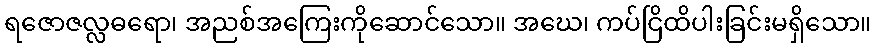
ရဇောဇလ္လဓရော၊ အညစ်အကြေးကိုဆောင်သော။ အဃေ၊ ကပ်ငြိထိပါးခြင်းမရှိသော။